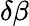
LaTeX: \delta\beta